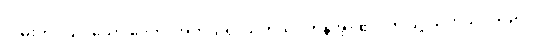
လမ်းကို။ ယဒိသော ဒေတ၊ အကယ်၍ သုတ်သင်ကုန်အံ့။ ဧဝံ၊ ဤသို့ သုတ်သင်သည်။